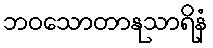
ဘဝသောတာနုသာရိနံ